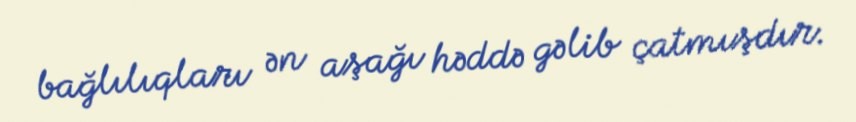
bağlılıqları ən aşağı həddə gəlib çatmışdır.